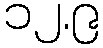
၁၂.၉